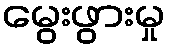
မွေးဖွားမှု